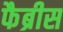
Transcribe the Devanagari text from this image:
फैब्रीस